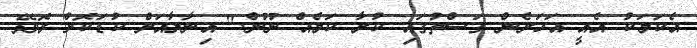
އެކަމަކު އެއީ އަހަރެން ގަސްތުގައި ކުރާ ކަމެއް ނޫން." އިނާޔާއަށް ކުޑަކޮށް ރޮވޭ